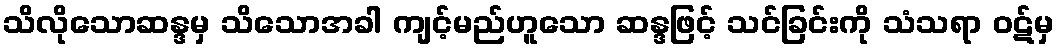
သိလိုသောဆန္ဒမှ သိသောအခါ ကျင့်မည်ဟူသော ဆန္ဒဖြင့် သင်ခြင်းကို သံသရာ ဝဋ်မှ